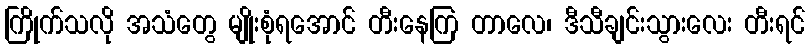
ကြိုက်သလို အသံတွေ မျိုးစုံရအောင် တီးနေကြ တာလေ၊ ဒီသီချင်းသွားလေး တီးရင်